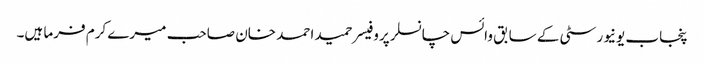
پنجاب یونیورسٹی کے سابق وائس چانسلر پروفیسر حمید احمد خان صاحب میرے کرم فرما ہیں۔